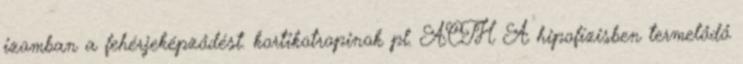
izomban a fehérjeképződést. kortikotropinok pl. ACTH A hipofízisben termelődő